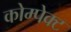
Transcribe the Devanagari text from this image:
कोम्पेक्ट